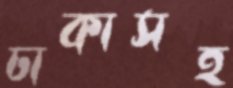
ঢাকাসহ